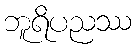
ဘူရိပညဿ